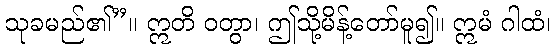
သုခမည်၏”။ ဣတိ ဝတွာ၊ ဤသို့မိန့်တော်မူ၍။ ဣမံ ဂါထံ၊